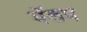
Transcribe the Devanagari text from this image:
यॅलप